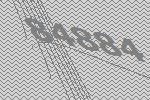
84884